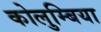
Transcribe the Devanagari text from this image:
कोलुम्बिया